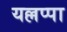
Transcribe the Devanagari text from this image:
यल्लप्पा